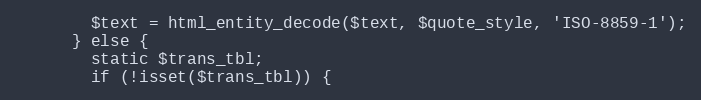
Language: PHP
        $text = html_entity_decode($text, $quote_style, 'ISO-8859-1');
      } else {
        static $trans_tbl;
        if (!isset($trans_tbl)) {